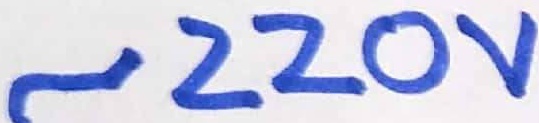
Text: ~220V